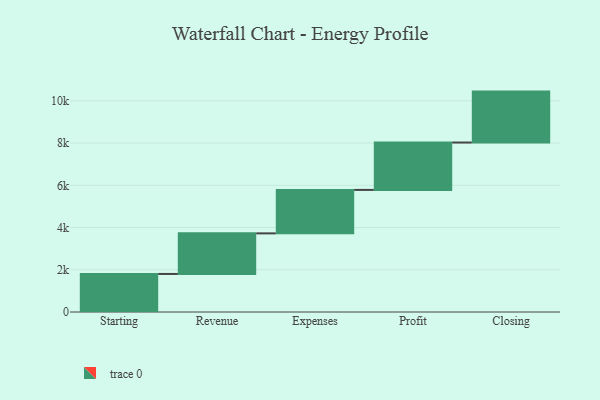
{"axis": {"x": "Step", "y": "Value"}, "legend": [""], "data": [{"x": "Starting", "y": 1802.0, "type": ""}, {"x": "Revenue", "y": 1922.0, "type": ""}, {"x": "Expenses", "y": 2058.0, "type": ""}, {"x": "Profit", "y": 2244.0, "type": ""}, {"x": "Closing", "y": 2412.0, "type": ""}]}